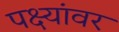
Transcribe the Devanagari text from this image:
पक्ष्यांवर